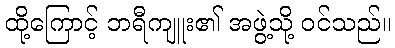
ထို့ကြောင့် ဘရီကျူး၏ အဖွဲ့သို့ ဝင်သည်။